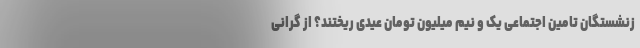
زنشستگان تامین اجتماعی یک و نیم میلیون تومان عیدی ریختند؟ از گرانی